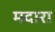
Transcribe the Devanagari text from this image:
मदारा